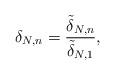
LaTeX: \begin{align*} \delta_{N,n}=\frac{\tilde\delta_{N,n}}{\tilde\delta_{N,1}},\end{align*}